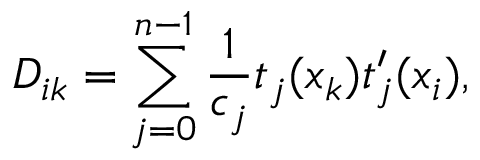
D _ { i k } = \sum _ { j = 0 } ^ { n - 1 } \frac { 1 } { c _ { j } } t _ { j } ( x _ { k } ) t _ { j } ^ { \prime } ( x _ { i } ) ,